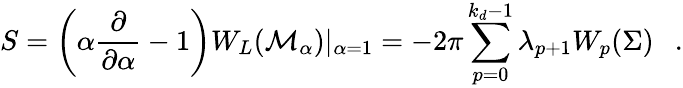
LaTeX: S=\left(\alpha{\frac{\partial}{\partial\alpha}}-1\right)W_{L}({\cal M}_{\alpha})|_{\alpha=1}=-2\pi\sum_{p=0}^{k_{d}-1}\lambda_{p+1}W_{p}(\Sigma)~~~.